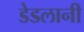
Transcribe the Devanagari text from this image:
डेडलानी